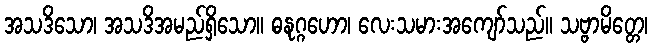
အသဒိသော၊ အသဒိအမည်ရှိသော။ ဓနုဂ္ဂဟော၊ လေးသမားအကျော်သည်။ သဗ္ဗာမိတ္တေ၊